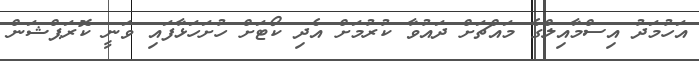
އަހުމަދު އިސްމާއިލްގެ މައްޗަށް ދައުވާ ކުރުމަށް އެދި ކޯޓަށް ހުށަހަޅާފައި ވަނީ ކޮރަޕްޝަން